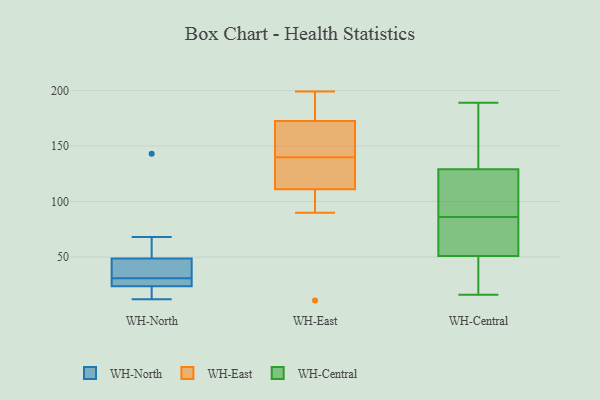
{"axis": {"x": "Shipments", "y": "Value"}, "legend": ["WH-Central", "WH-East", "WH-North"], "data": [{"x": "", "y": 68, "type": "WH-North"}, {"x": "", "y": 143, "type": "WH-North"}, {"x": "", "y": 12, "type": "WH-North"}, {"x": "", "y": 48, "type": "WH-North"}, {"x": "", "y": 28, "type": "WH-North"}, {"x": "", "y": 26, "type": "WH-North"}, {"x": "", "y": 23, "type": "WH-North"}, {"x": "", "y": 35, "type": "WH-North"}, {"x": "", "y": 21, "type": "WH-North"}, {"x": "", "y": 49, "type": "WH-North"}, {"x": "", "y": 31, "type": "WH-North"}, {"x": "", "y": 125, "type": "WH-East"}, {"x": "", "y": 194, "type": "WH-East"}, {"x": "", "y": 134, "type": "WH-East"}, {"x": "", "y": 97, "type": "WH-East"}, {"x": "", "y": 175, "type": "WH-East"}, {"x": "", "y": 136, "type": "WH-East"}, {"x": "", "y": 199, "type": "WH-East"}, {"x": "", "y": 163, "type": "WH-East"}, {"x": "", "y": 90, "type": "WH-East"}, {"x": "", "y": 144, "type": "WH-East"}, {"x": "", "y": 11, "type": "WH-East"}, {"x": "", "y": 170, "type": "WH-East"}, {"x": "", "y": 150, "type": "WH-Central"}, {"x": "", "y": 82, "type": "WH-Central"}, {"x": "", "y": 79, "type": "WH-Central"}, {"x": "", "y": 16, "type": "WH-Central"}, {"x": "", "y": 51, "type": "WH-Central"}, {"x": "", "y": 108, "type": "WH-Central"}, {"x": "", "y": 90, "type": "WH-Central"}, {"x": "", "y": 42, "type": "WH-Central"}, {"x": "", "y": 189, "type": "WH-Central"}, {"x": "", "y": 129, "type": "WH-Central"}]}